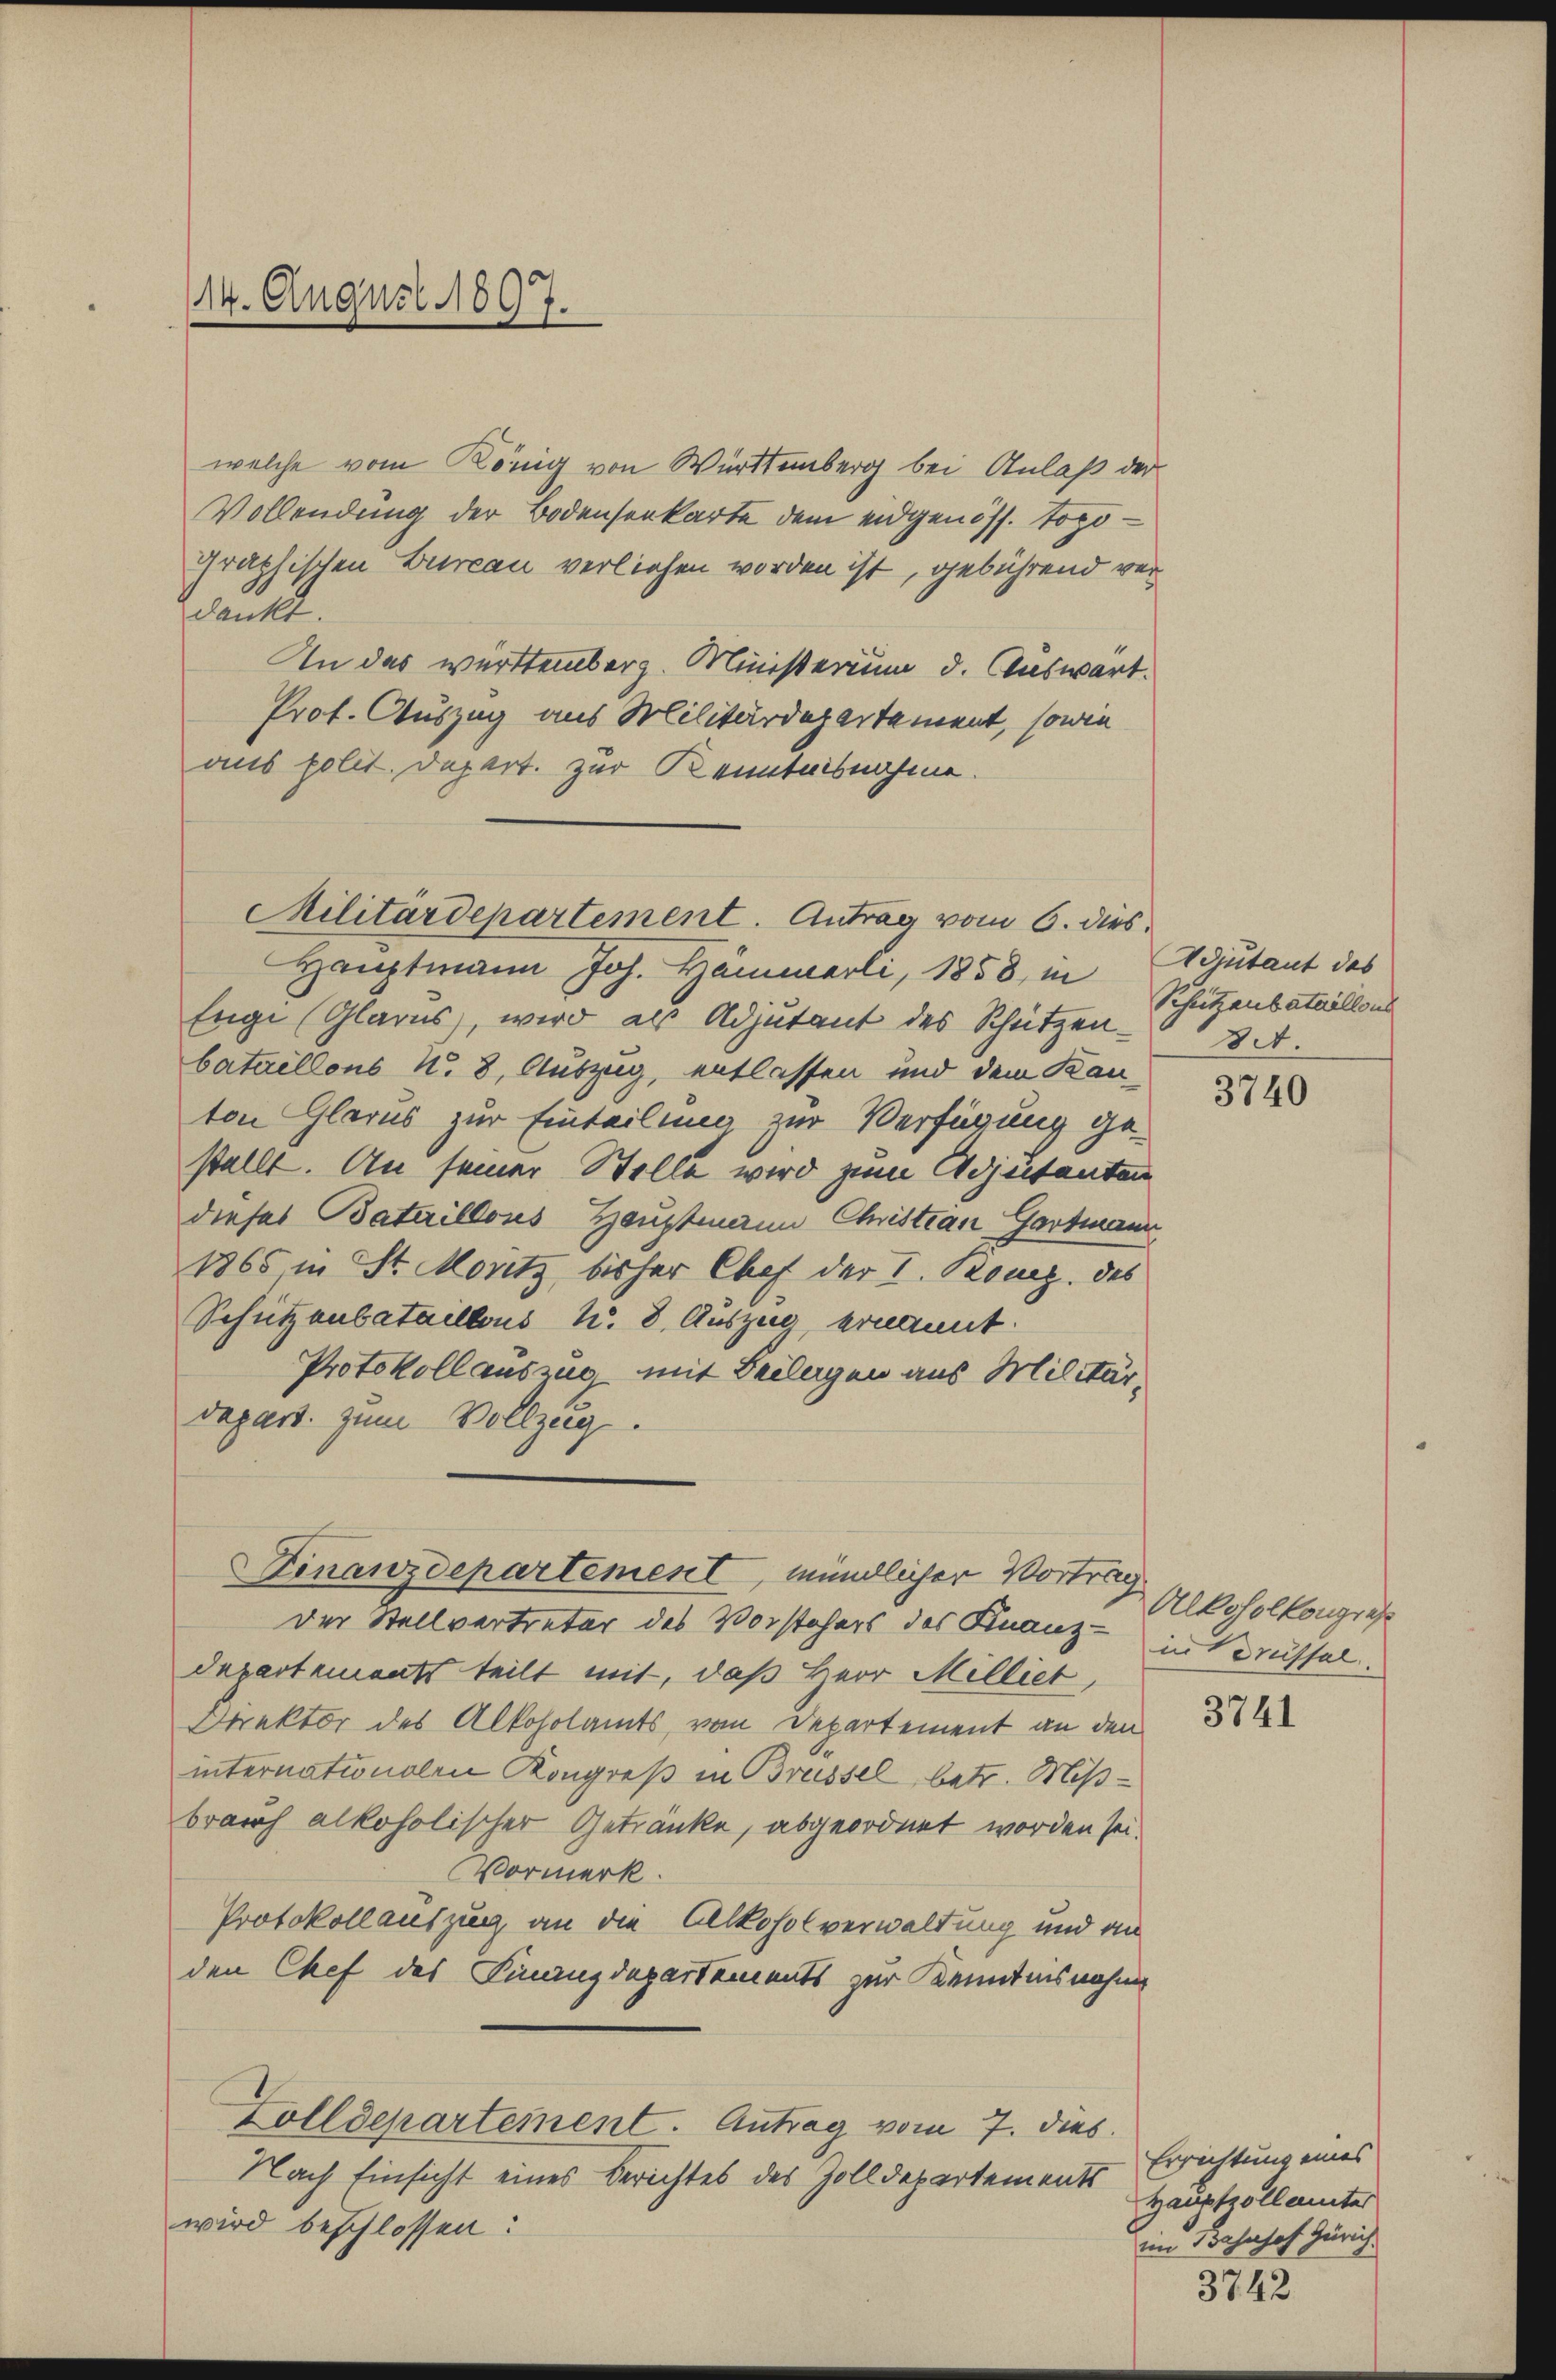
14. August 1897.

welche vom König von Württemberg bei Anlaß der
Vollendung der Bodensenkarte dem eidgenöss. Topographischen Bureau verliehen worden ist, gebührend verdankt.
In das württemberg. Ministerium d. Auswart.
Prot. Auszug aus Militärdepartement, sowie
aus polit. Depart. zur Kenntnisnahme.

Militärdepartement. Antrag vom 6. dies

Hauptmann Joh. Hämmerli, 1858 in
Enge (Glarus, wird als Adjutant des Schützenbataillons No. 8. Auszug, entlassen und dem Kan-
ton Glarus zur Einteilung zur Verfügung gestellt. An seiner Stelle wird zum Adjutanten
dieses Bataillons Hauptmann Christian Gartmann
1865 in St. Moritz bisher Chef der I. König. des
Schützenbataillons u. 8. Auszug, ernannt.
Protokollauszug mit Beilagen aus Militär-
depart. zum Vollzug.
der Stellvertreter des Vorstehers des Finanz- in Küssel.
Departements teilt mit, daß Herr Milliet,
Direktor des Alkoholamts, von Departement an den
internationalen Kongreß in Brüssel betr. Mißbrauch alkoholischer Getränke, abgeordnet worden sei.
Vormerk.
Protokollauszug an die Alkoholverwaltung und an
den Chef des Finanzdepartements zur Kenntnisnahme
Zolldepartement. Antrag vom 7. dies
Nach Einsicht eines Berichtes des Zolldepartements
wird beschlossen:

Finanzdepartement, mündlicher Vortrag

Adjutant des
Schutzaubataillons
8t.

3740

Alkoholkongres

3741

Errichtung eines
Hauptzollanter
im 330 Jnhof Zürich.

3742